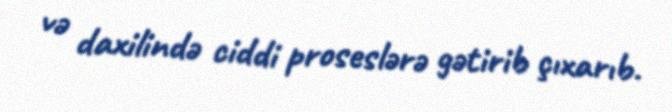
və daxilində ciddi proseslərə gətirib çıxarıb.